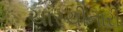
ચારચીનારી